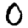
Digit: 0